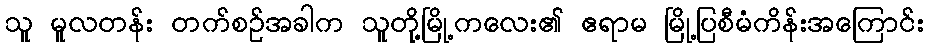
သူ မူလတန်း တက်စဉ်အခါက သူတို့မြို့ကလေး၏ ဧရာမ မြို့ပြစီမံကိန်းအကြောင်း